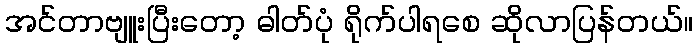
အင်တာဗျူးပြီးတော့ ဓါတ်ပုံ ရိုက်ပါရစေ ဆိုလာပြန်တယ်။